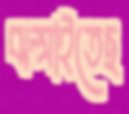
ঝল্‌সাইতেছ